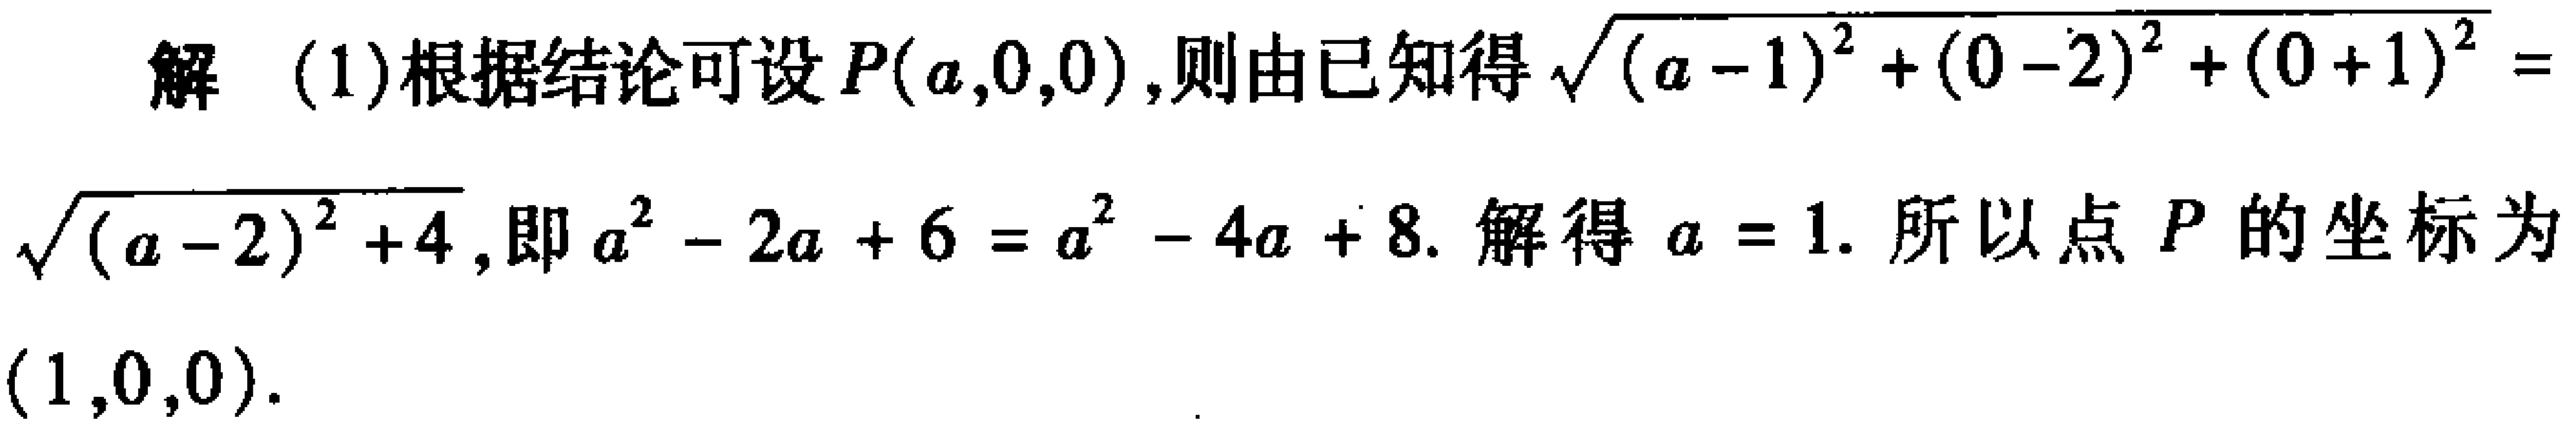
解 (1)根据结论可设\(P(a,0,0)\),则由已知得\(\sqrt{(a - 1)^2+(0 - 2)^2+(0 + 1)^2}=\sqrt{(a - 2)^2+4}\),即\(a^{2}-2a + 6=a^{2}-4a + 8\). 解得 \(a = 1\). 所以点 \(P\) 的坐标为\((1,0,0)\).